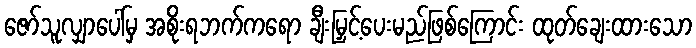
ဇော်သူလျှာပေါ်မှ အစိုးရဘက်ကရော ချီးမြှင့်ပေးမည်ဖြစ်ကြောင်း ထုတ်ချေးထားသော